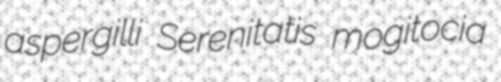
aspergilli Serenitatis mogitocia